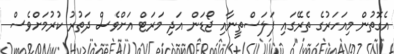
އެގޮތުން މިއަހަރުގެ ތެރޭގައި ފަލަސްތީނާއި ޖޯޑަން އަދި މަރަޓް އަށްވެސް ދަތުރު ކުރުމަށްވެސް